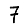
Digit: 7